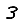
Digit: 3